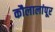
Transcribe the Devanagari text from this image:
कौलालांपूर